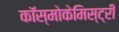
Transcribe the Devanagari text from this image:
कॉस्मोकेमिस्ट्री